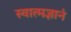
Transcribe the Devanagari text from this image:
स्वात्मज्ञानं